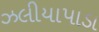
ઝલીયાપાડા